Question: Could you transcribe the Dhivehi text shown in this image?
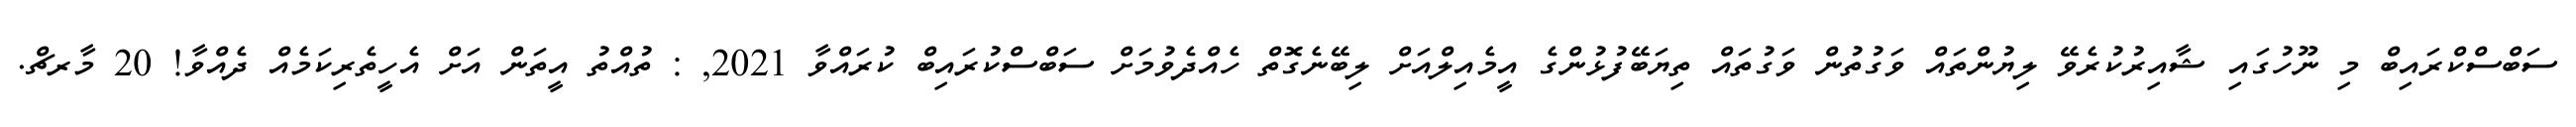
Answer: ސަބްސްކްރައިބް މި ނޫހުގައި ޝާއިރުކުރެވޭ ލިޔުންތައް ވަގުތުން ވަގުތައް ތިޔަބޭފުޅުންގެ އީމެއިލްއަށް ލިބޭނެގޮތް ހެއްދެވުމަށް ސަބްސްކުރައިބް ކުރައްވާ 2021, : ތުއްތު އީތަން އަށް އެހީތެރިކަމެއް ދެއްވާ! 20 މާރޗް.